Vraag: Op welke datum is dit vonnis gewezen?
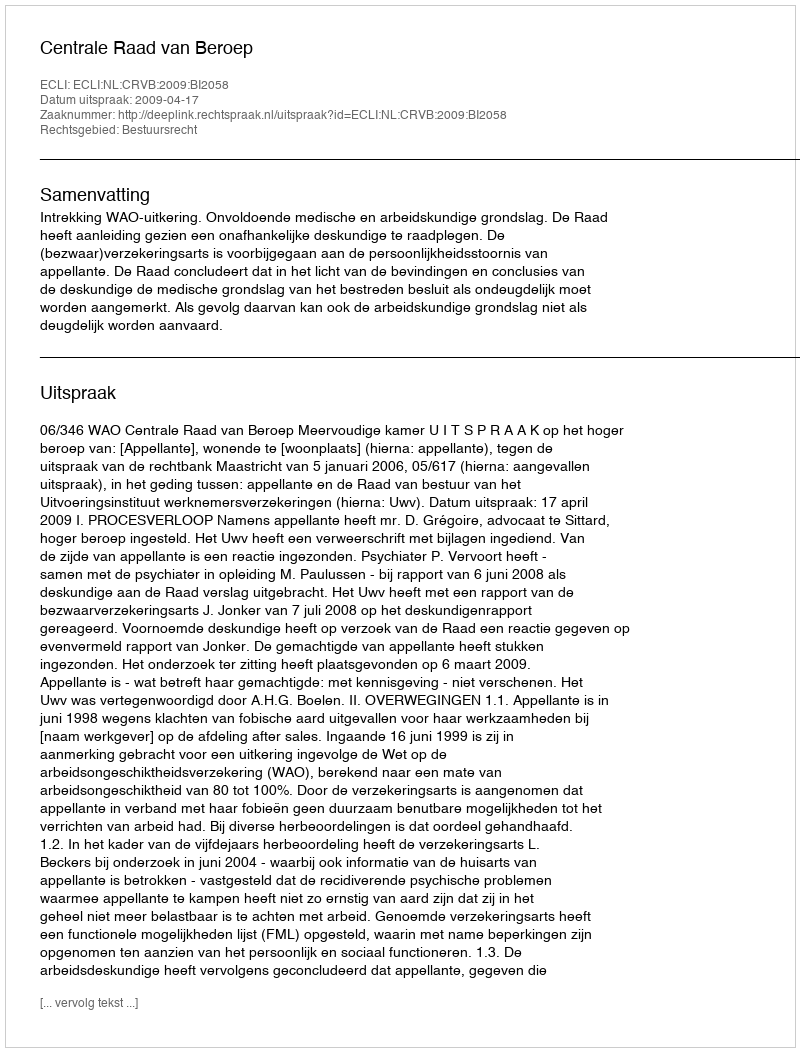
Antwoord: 2009-04-17